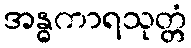
အန္ဓကာရသုတ္တံ